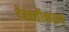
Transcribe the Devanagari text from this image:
देहातीकरण